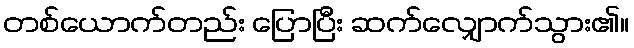
တစ်ယောက်တည်း ပြောပြီး ဆက်လျှောက်သွား၏။